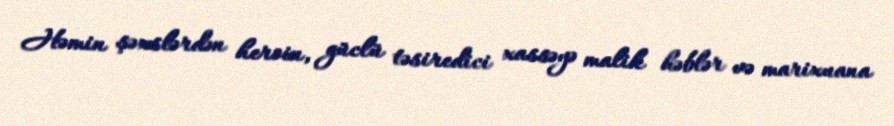
Həmin şəxslərdən heroin, güclü təsiredici xassəyə malik həblər və marixuana